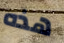
هذه